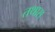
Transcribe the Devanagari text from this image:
तथास